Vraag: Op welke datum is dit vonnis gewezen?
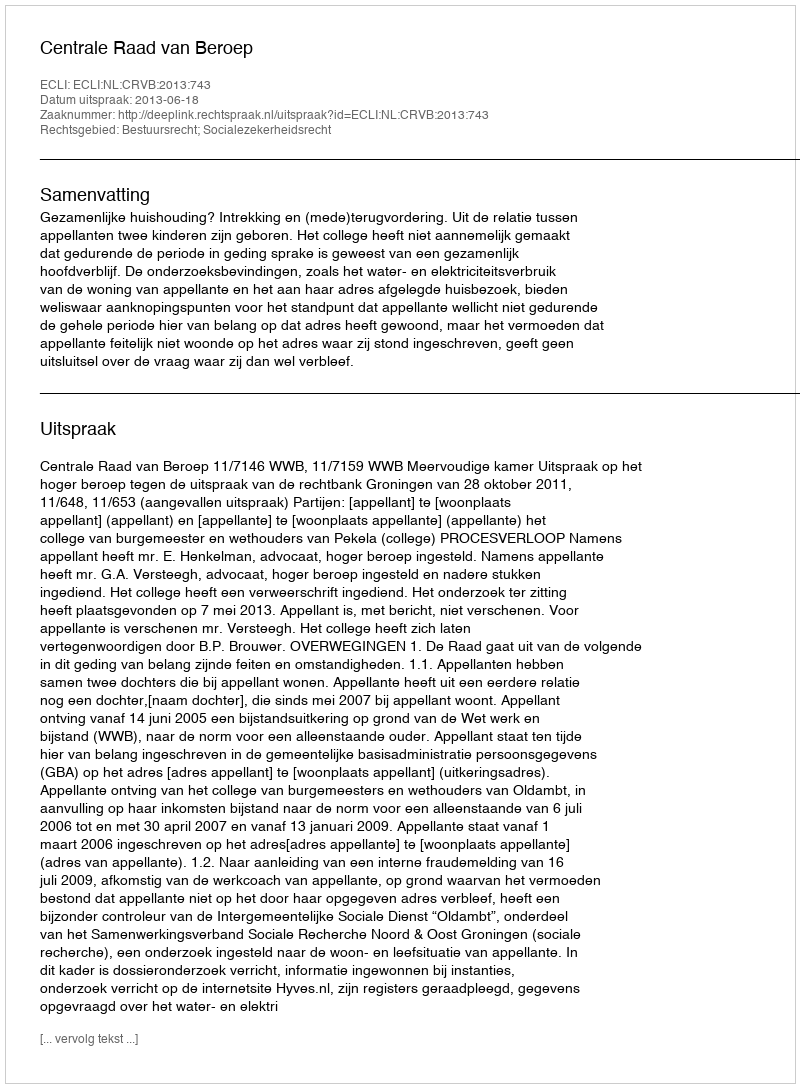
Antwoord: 2013-06-18